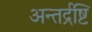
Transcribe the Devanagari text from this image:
अन्तर्द्रष्टि